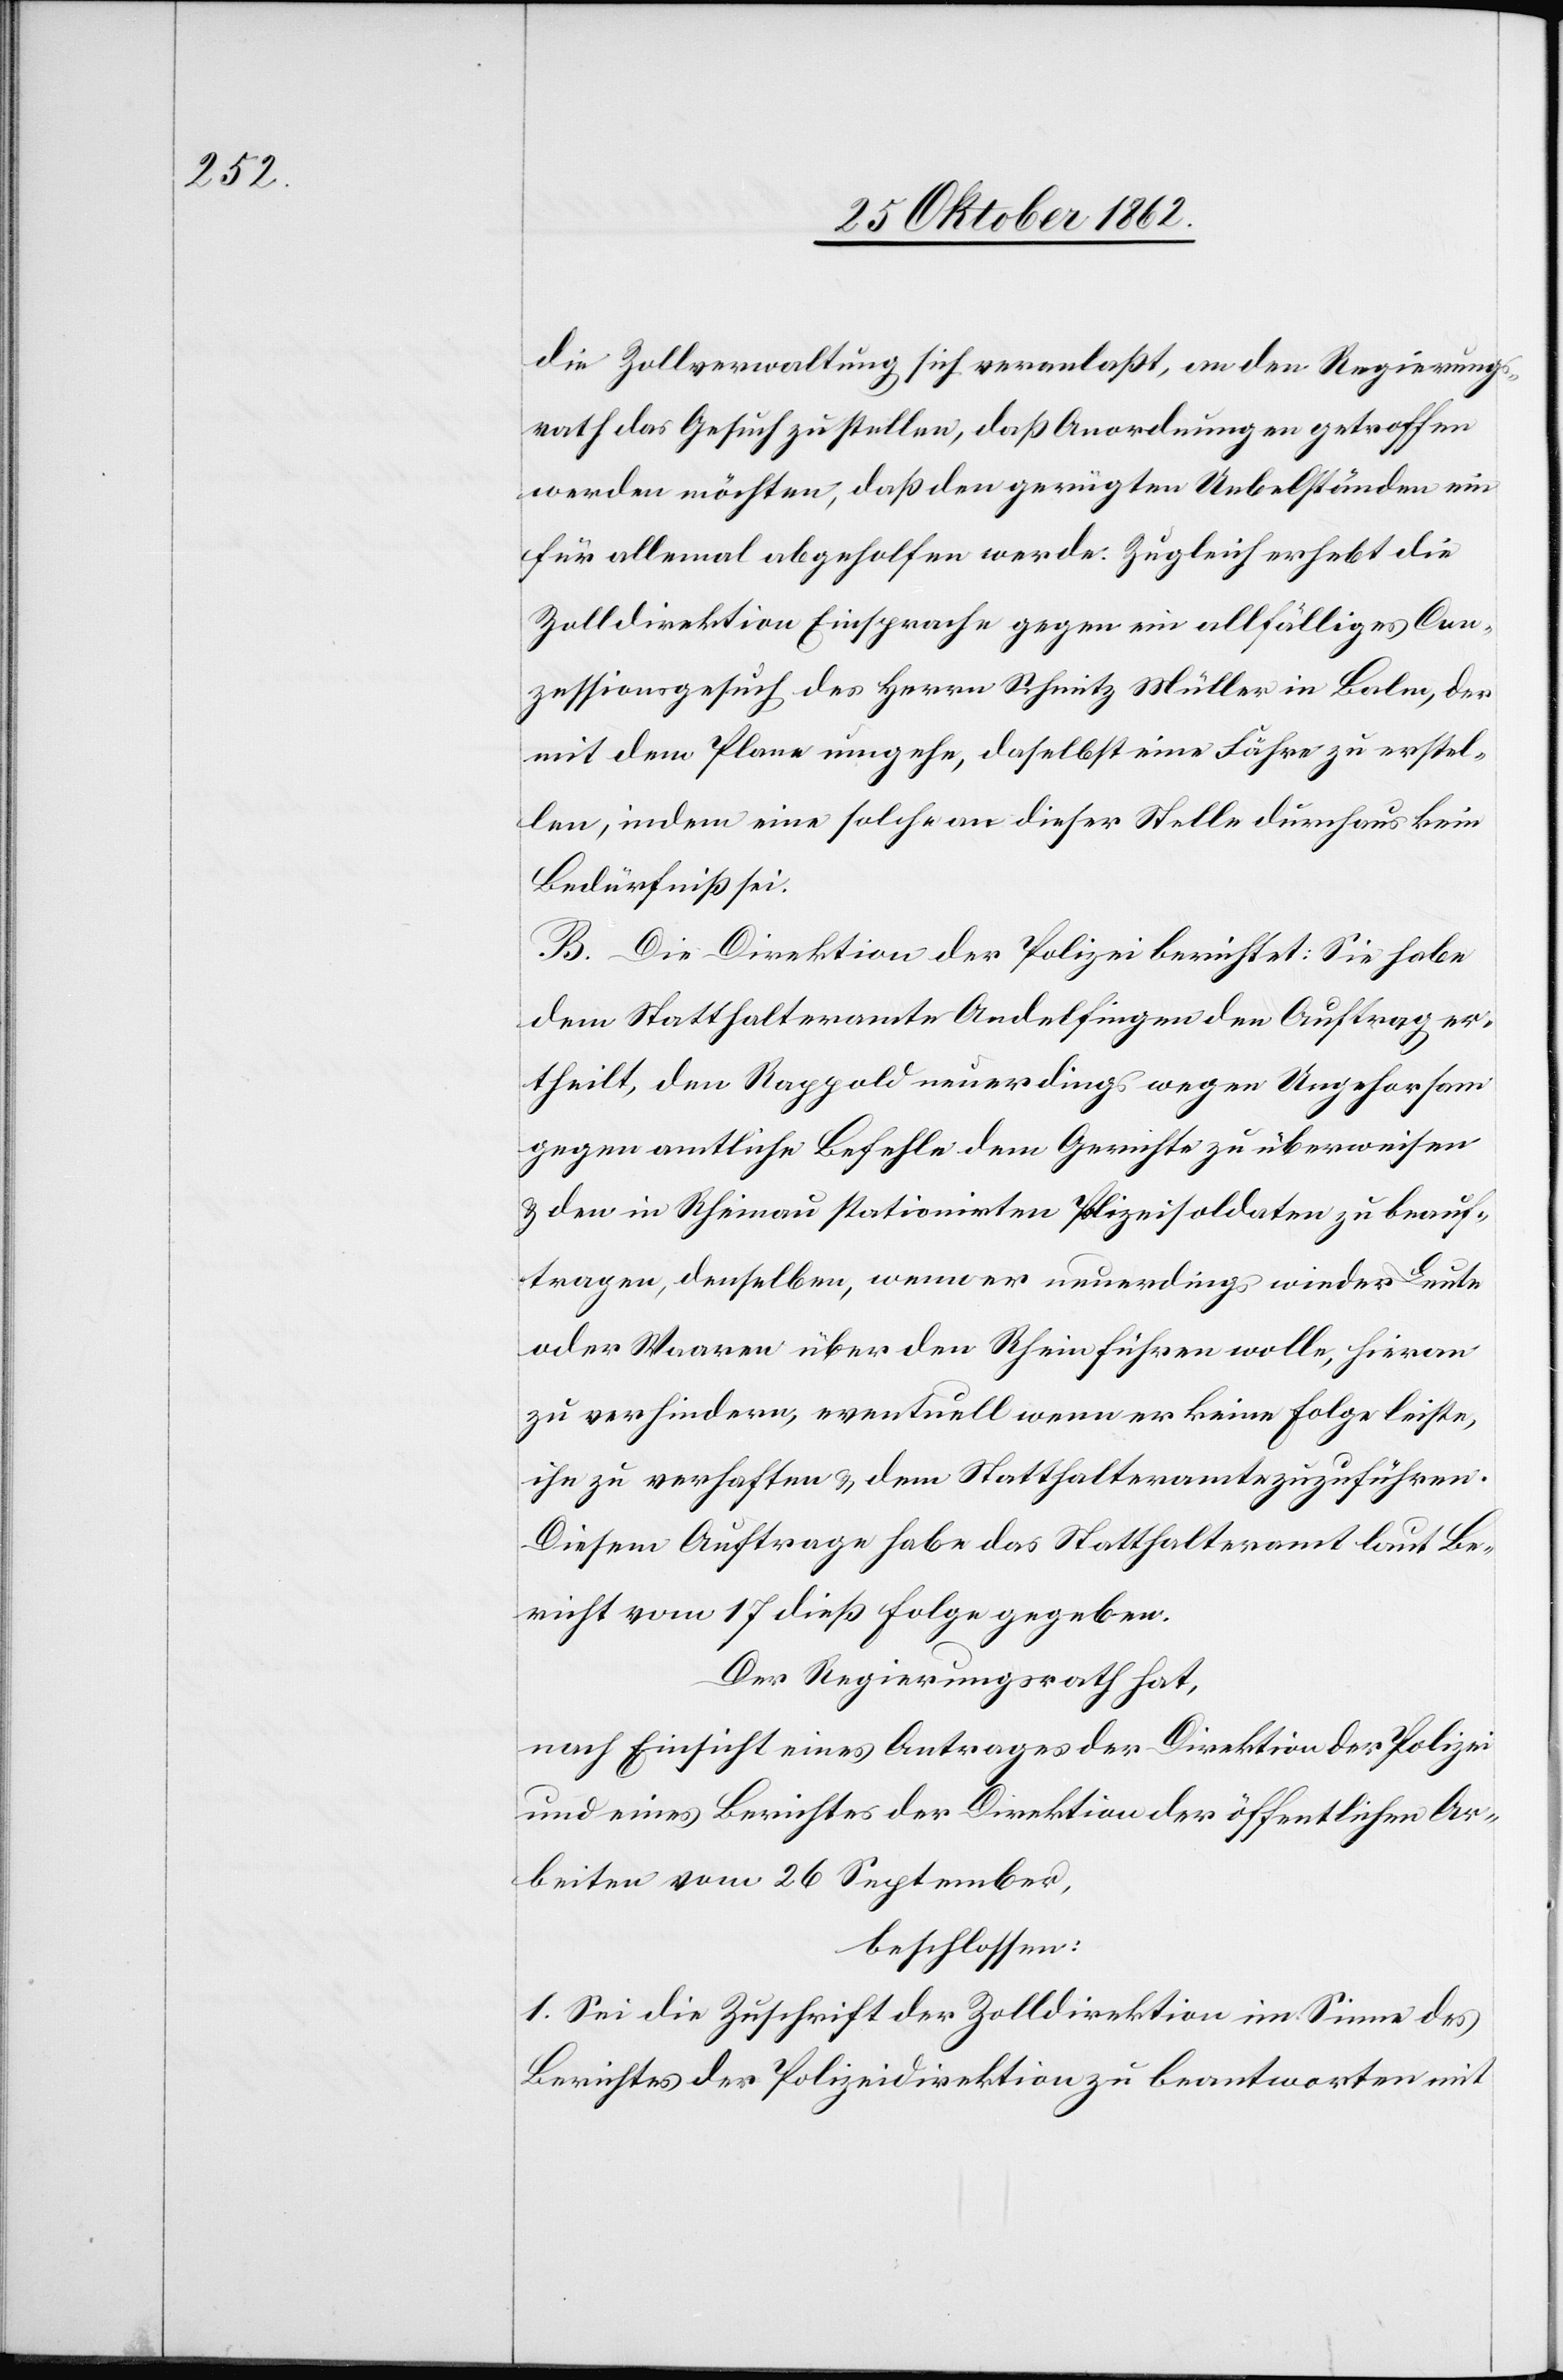
die Zollverwaltung sich veranlaßt, an den Regierungs¬
rath das Gesuch zu stellen, daß Anordnungen getroffen
werden möchten, daß den gerügten Uebelständen ein
für allemal abgeholfen werde. Zugleich erhebt die
Zolldirektion Einsprache gegen ein allfälliges Con¬
zessionsgesuch des Herrn Schmitz Müller in Balm, der
mit dem Plane umgehe, daselbst eine Fähre zu erstel¬
len, indem eine solche an dieser Stelle durchaus kein
Bedürfniß sei.
B. Die Direktion der Polizei berichtet: Sie habe
dem Statthalteramte Andelfingen den Auftrag er¬
theilt, den Rappold neuerdings wegen Ungehorsam
gegen amtliche Befehle dem Gerichte zu überweisen
u. den in Rheinau stationirten Polizeisoldaten zu beauf¬
tragen, denselben, wenn er neuerdings wieder Leute
oder Waaren, über den Rhein führen wolle, hieran
zu verhindern, eventuell wenn er keine Folge leiste,
1.
ihn zu verhaften u. dem Statthalteramte zuzuführen.
Diesem Aufrage habe das Statthalteramt laut Be¬
richt vom 17. dieß Folge gegeben.
Der Regierungsrath hat,
nach Einsicht eines Antrages der Direktion der Polizei
und eines Berichtes der Direktion der öffentlichen Ar¬
beiten vom 26. September,
beschlossen:
Es sei die Zuschrift der Zolldirektion im Sinne des
Berichtes der Polizeidirektion zu beantworten mit